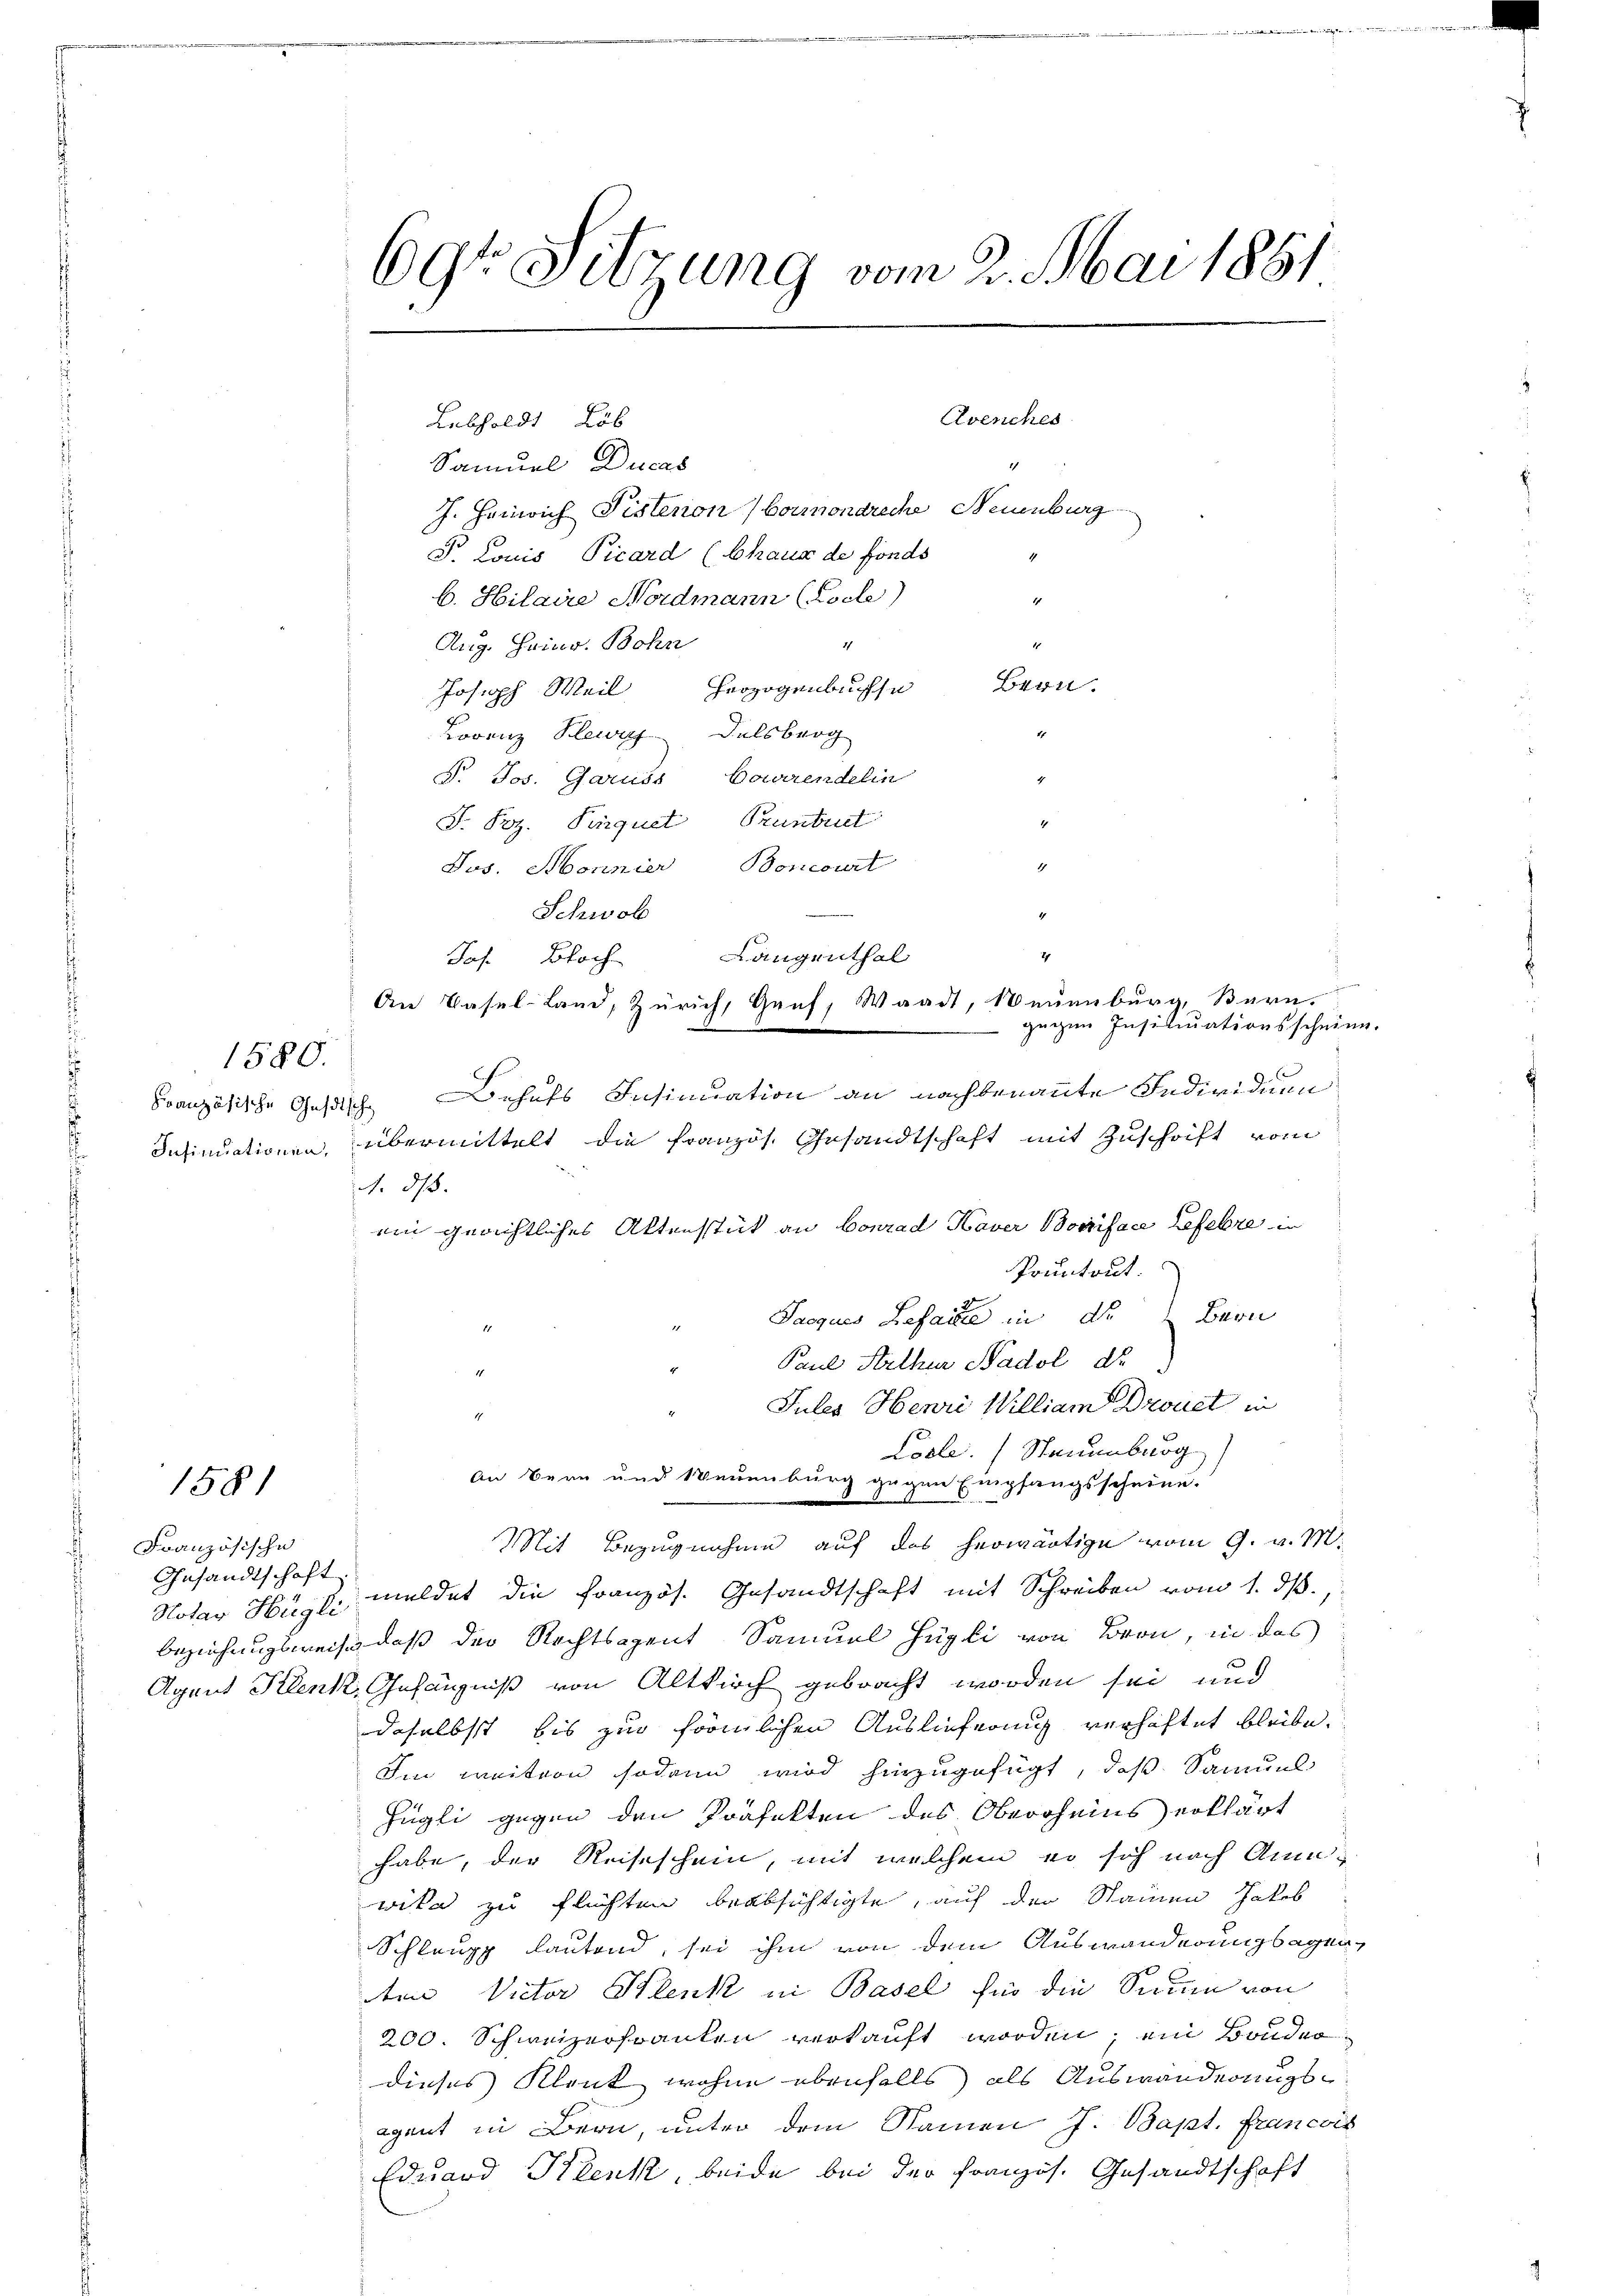
1581

1580.

Französische
Gesandtschaft.
Notar Hügli

69t Sitzung vom 2. Mai 1881

Samuel Ducas
J. Heinrich Pistenon barmondreche Neuenburg
S. Louis Picard (Chaux de fonds
b. Hilaire Nordmann (Loche
1
1
Aug. Heinr. Bohn
1
Bren
Joseph Weil Herzogenbuchse
4
Lorenz Plewig Delsberg
. Jos. Garuds Baarendelin
1.
J. Pez. Pinquet Pruntrut
4
Jos. Honnier, Boncourt
Schwol
2
Langenthal
Jos. Bloch
An Basel-Land, Zürich, Graf, Waadt, Neuenburg, Bern.
Französische Gesische Behufs Insinuation an nachbenannte Individuum
Insinuationen, übermittelt die französ. Gesandtschaft mit Zuschrift vom
A. ds.
ein gerichtliches Aktenstück an Conrad Haver Boniface Lefebre in
Pruntrut.

Lebholdt Löb

Sacques Lefaite in der Bern
Paul Sterthur Nadol de
Jules Henri William Drouet in
17.
Loele. Staumburg
Mit Bezugnahme auf das herwärtige vom 9. v. M.
meldet die Französ. Gesandtschaft mit Schreiben vom 1. ds.,
Beziehungsweis, daß der Rechtsagent Samuel Hügli von Bron, in das
Agent Klenk Gefängniß von Altkirch gebracht worden sei, und
daselbst bis zur förmlichen Auslieferung verhaftet bleibe.
Im weitern sodann wird hinzugefügt, daß Samuel
Hügli gegen den Präfekten des Obercheins) erklärt
habe, der Reiseschein, mit welchem er sich nach Annawile zu flüchten beabsichtigte, auf der Stainen Jakob
Schlaupp lautend, sei ihm von dem Auswanderungsagen,
ten Victor Klenk in Basel für die Sicium von
200. Schweizerfranken verkauft worden; ein Bonder
dieses Klank wohne ebenfalls als Auswanderungsagant in Bern, unter dem Namen J. Bapt. Francois
Eduard Klenk, beide bei der Französ. Gesandtschaft

An Bern und Neuenburg gegen Empfangsscheine.

Avenches

zigen Insinuationsscheine.